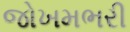
જોખમભરી